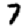
Digit: 7